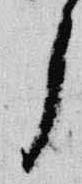
了